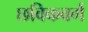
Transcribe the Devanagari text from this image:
छविकवर्ग